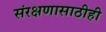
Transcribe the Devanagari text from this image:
संरक्षणासाठीही